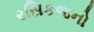
રસિકજનો